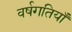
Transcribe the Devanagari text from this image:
वर्षगतियाँ